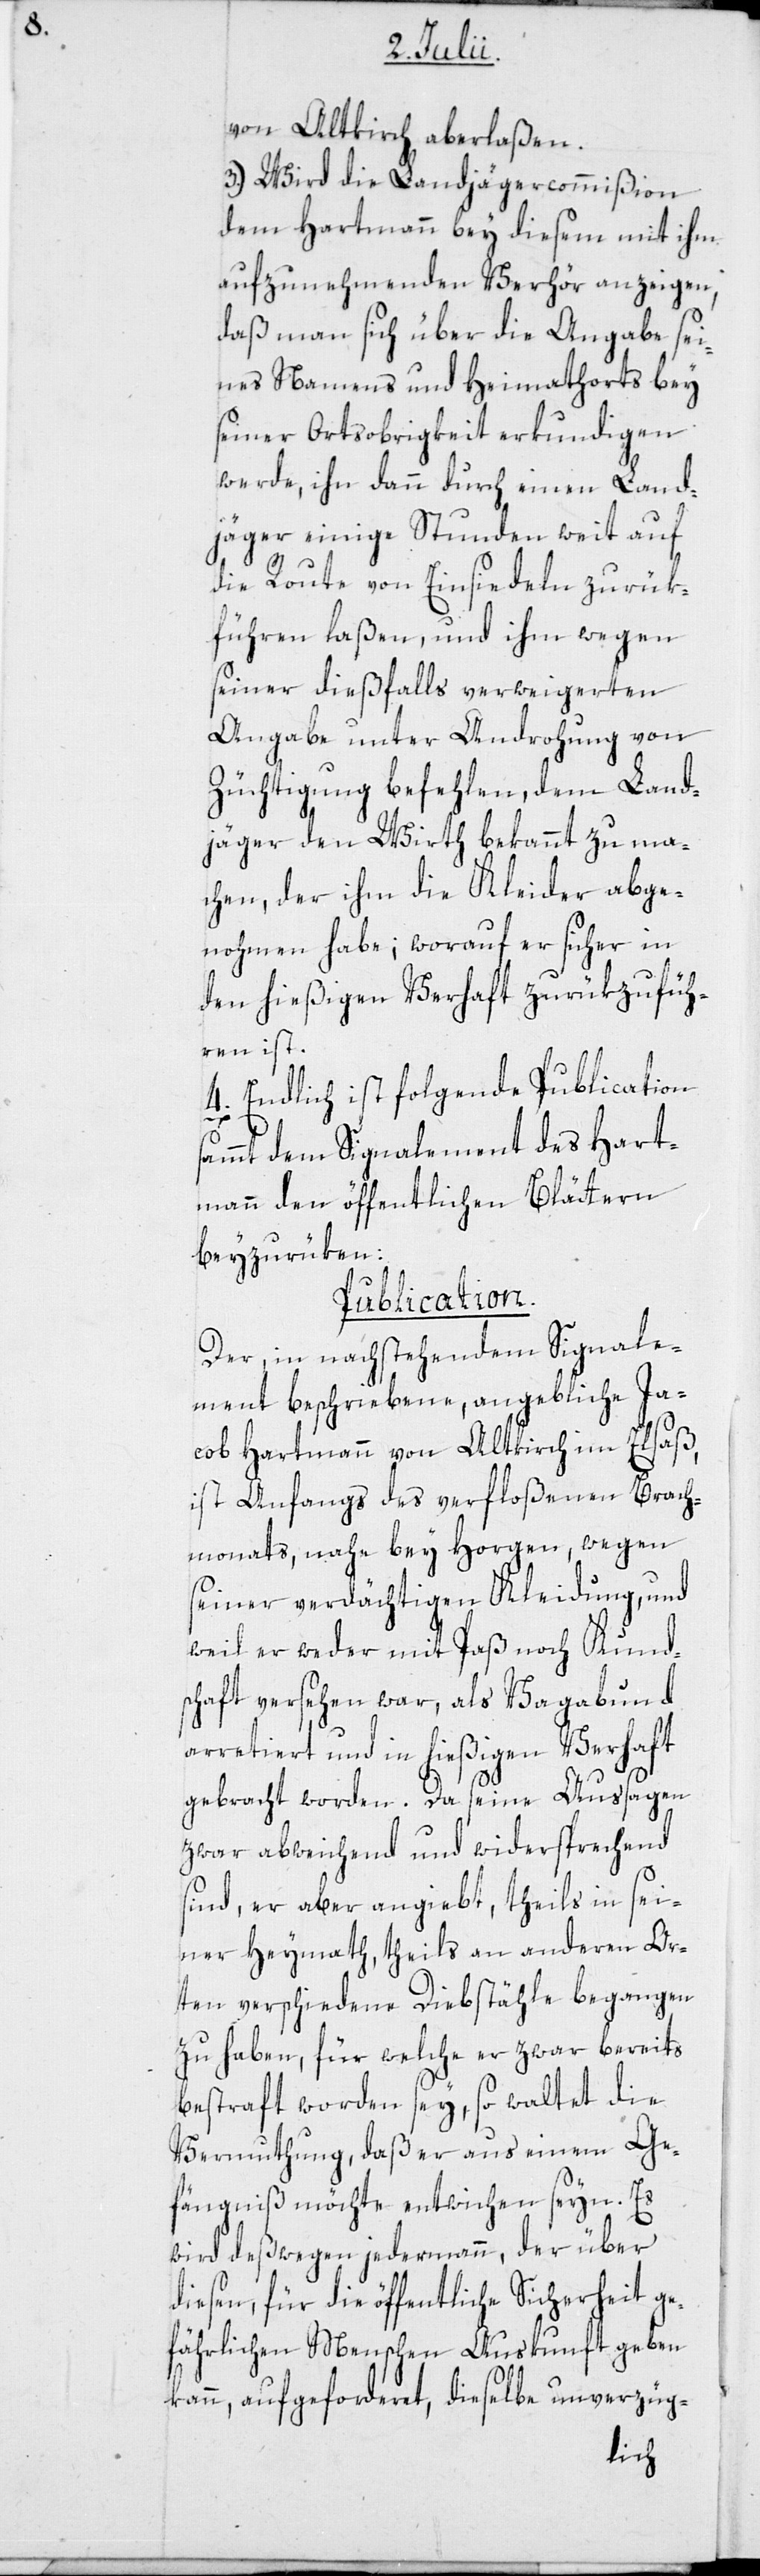
von Altkirch aberlaßen.
3.) Wird die Landjägercommißion
dem Hartmann bey diesem mit ihm
aufzunehmenden Verhör anzeigen,
daß man sich über die Angabe sei¬
nes Namens und Heimathorts bey
seiner Ortsobrigkeit erkundigen
werde, ihn dann durch einen Land¬
jäger einige Stunden weit auf
die Route von Einsiedeln zurük¬
führen laßen, und ihm wegen
seiner dießfalls verweigerten
Angabe unter Androhung von
Züchtigung befehlen, dem Land¬
jäger den Wirth bekannt zu ma¬
chen, der ihm die Kleider abge¬
nohmen habe; worauf er sicher in
den hießigen Verhaft zurükzufüh¬
ren ist.
4.) Endlich ist folgende Publication
dem Signalement des Hart¬
mann den öffentlichen Blättern
beyzurüken:
Publication.
Der, in nachstehendem Signale¬
ment beschriebene, angebliche Ja¬
cob Hartmann von Altkirch im Elsaß,
ist Anfangs des verfloßenen Brach¬
monats, nahe bey Horgen, wegen
seiner verdächtigen Kleidung, und
weil er weder mit Paß noch Kund¬
schaft versehen war, als Vagabund
arretiert und in hießigen Verhaft
gebracht worden. Da seine Aussagen
zwar abweichend und widersprechend
sind, er aber angiebt, theils in sei¬
ner Heymath, theils an anderen Or¬
ten, verschiedene Diebstähle begangen
zu haben, für welche er zwar bereits
bestraft worden sey, so waltet die
Vermuthung, daß er aus einem Ge¬
fängniß möchte entwichen seyn. Es
wird deßwegen jedermann, der über
diesen, für die öffentliche Sicherheit ge¬
fährlichen Menschen Auskunft geben
kann, aufgeforderet, dieselbe unverzüg-